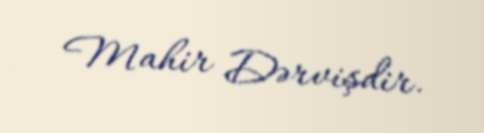
Mahir Dərvişdir.